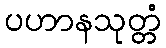
ပဟာနသုတ္တံ